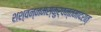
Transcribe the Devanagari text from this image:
शश्वन्नमस्कुर्वन्तमादरात्